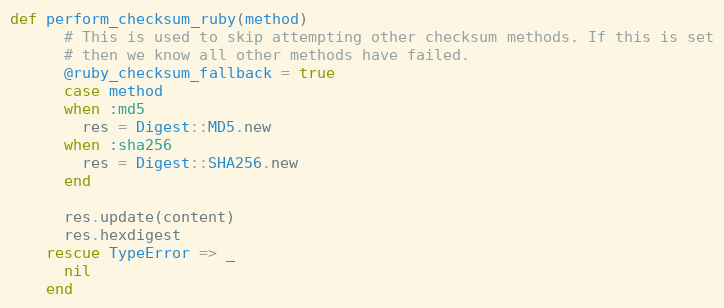
Language: Ruby
def perform_checksum_ruby(method)
      # This is used to skip attempting other checksum methods. If this is set
      # then we know all other methods have failed.
      @ruby_checksum_fallback = true
      case method
      when :md5
        res = Digest::MD5.new
      when :sha256
        res = Digest::SHA256.new
      end

      res.update(content)
      res.hexdigest
    rescue TypeError => _
      nil
    end